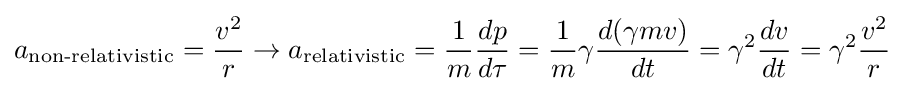
a_{\text{non-relativistic}}={\frac {v^{2}}{r}}\rightarrow a_{\text{relativistic}}={\frac {1}{m}}{\frac {dp}{d\tau }}={\frac {1}{m}}\gamma {\frac {d(\gamma mv)}{dt}}=\gamma ^{2}{\frac {dv}{dt}}=\gamma ^{2}{\frac {v^{2}}{r}}